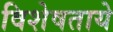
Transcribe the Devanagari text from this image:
विशेषताये